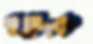
খাদক